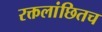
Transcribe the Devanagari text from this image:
रक्तलांछितच